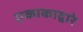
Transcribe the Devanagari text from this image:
एकाकाद्वारे